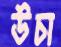
উচা